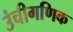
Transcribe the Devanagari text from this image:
उंचीगणिक